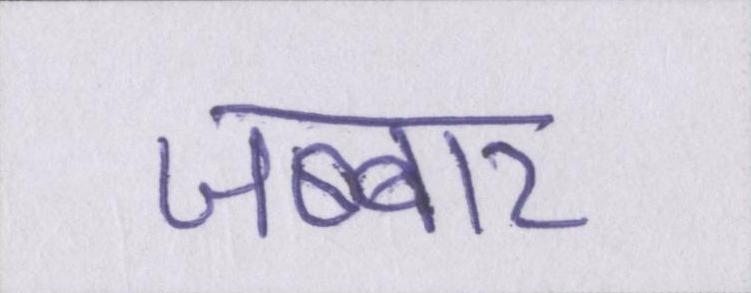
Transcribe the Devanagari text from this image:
जब्बार